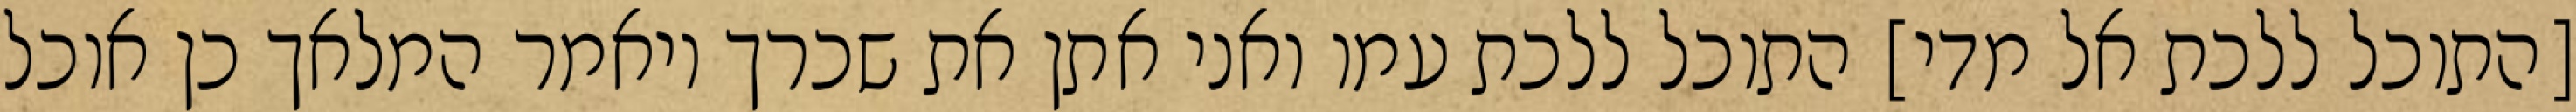
[התוכל ללכת אל מדי] התוכל ללכת עמו ואני אתן את שכרך ויאמר המלאך כן אוכל